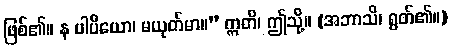
ဖြစ်၏။ န ပါပိယော၊ မယုတ်မာ။” ဣတိ၊ ဤသို့။ (အဘာသိ၊ ရွတ်၏။)